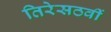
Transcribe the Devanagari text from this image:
तिरेसठवीं